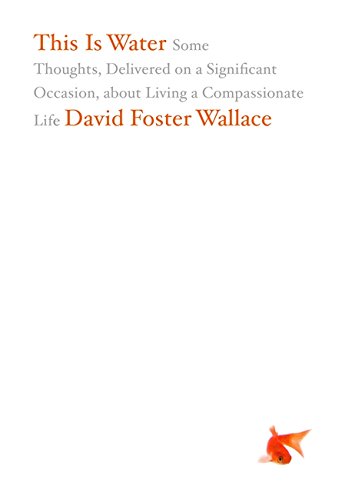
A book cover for This Is Water: Some Thoughts, Delivered on a Significant Occasion, about Living a Compassionate Life; David Foster Wallace; Politics & Social Sciences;